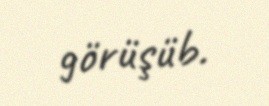
görüşüb.